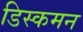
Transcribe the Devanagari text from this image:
डिस्कमन